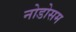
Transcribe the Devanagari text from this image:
नोडोसम